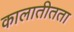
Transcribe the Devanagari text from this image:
कालातीतता